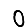
Digit: 0